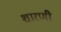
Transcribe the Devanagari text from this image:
शारणी